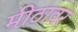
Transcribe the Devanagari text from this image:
मीठावर